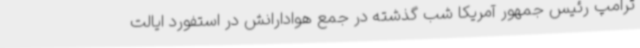
ترامپ رئیس جمهور آمریکا شب گذشته در جمع هوادارانش در استفورد ایالت